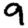
Digit: 9